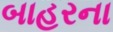
બાહરના